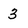
Character: 3